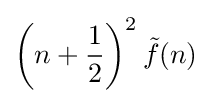
\left(n+{\frac {1}{2}}\right)^{2}{\tilde {f}}(n)